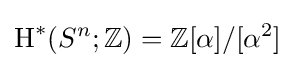
\operatorname {H} ^{*}(S^{n};\mathbb {Z} )=\mathbb {Z} [\alpha ]/[\alpha ^{2}]